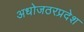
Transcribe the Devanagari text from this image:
अधोजठरप्रदेश